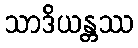
သာဒိယန္တဿ